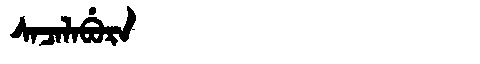
Manchu: ᠰᠠᠴᠠᠯᠠᠪᡠᡵᠠ
Romanization: SACALABURA